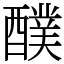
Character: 醭